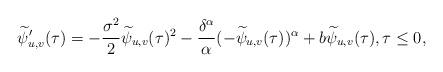
LaTeX: \begin{align*} \widetilde\psi_{u,v}'(\tau) = - \frac{\sigma^2}{2} \widetilde\psi_{u,v}(\tau)^2 - \frac{\delta^\alpha}{\alpha} (-\widetilde\psi_{u,v}(\tau))^\alpha + b \widetilde\psi_{u,v}(\tau) , \tau \leq 0 , \end{align*}